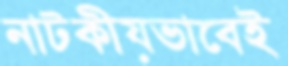
নাটকীয়ভাবেই